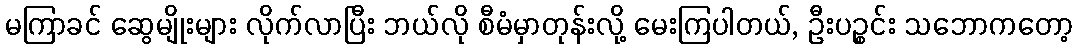
မကြာခင် ဆွေမျိုးများ လိုက်လာပြီး ဘယ်လို စီမံမှာတုန်းလို့ မေးကြပါတယ်, ဦးပဉ္စင်း သဘောကတော့